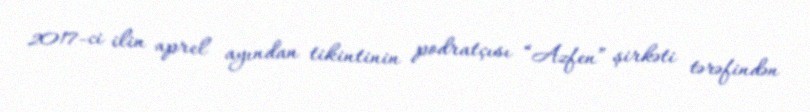
2017-ci ilin aprel ayından tikintinin podratçısı “Azfen” şirkəti tərəfindən